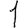
Digit: 1